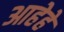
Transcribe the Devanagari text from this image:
आहेहे